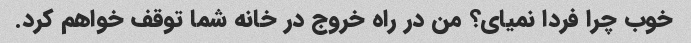
خوب چرا فردا نمیای؟ من در راه خروج در خانه شما توقف خواهم کرد.